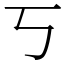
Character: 丂